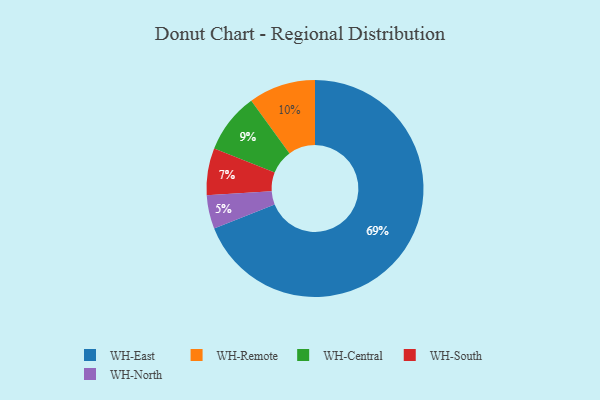
{"axis": {"x": "Category", "y": "Percentage"}, "legend": ["WH-Central", "WH-East", "WH-North", "WH-Remote", "WH-South"], "data": [{"x": "WH-South", "y": 7, "type": "WH-South"}, {"x": "WH-Central", "y": 9, "type": "WH-Central"}, {"x": "WH-North", "y": 5, "type": "WH-North"}, {"x": "WH-East", "y": 69, "type": "WH-East"}, {"x": "WH-Remote", "y": 10, "type": "WH-Remote"}]}